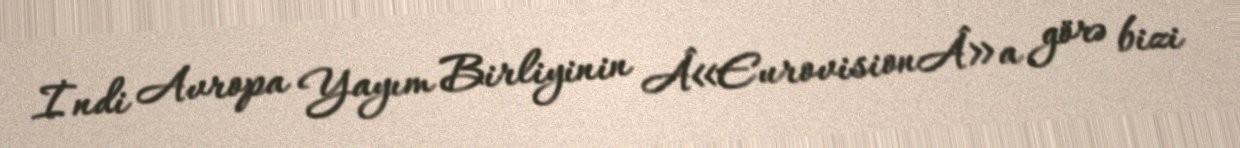
İndi Avropa Yayım Birliyinin Â«EurovisionÂ»a görə bizi